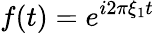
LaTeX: f(t)=e^{i2\pi\xi_{1}t}